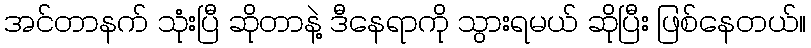
အင်တာနက် သုံးပြီ ဆိုတာနဲ့ ဒီနေရာကို သွားရမယ် ဆိုပြီး ဖြစ်နေတယ်။